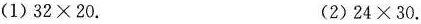
(1)32\times20. (2)24\times30.